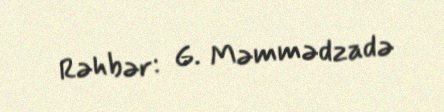
Rəhbər: G. Məmmədzadə